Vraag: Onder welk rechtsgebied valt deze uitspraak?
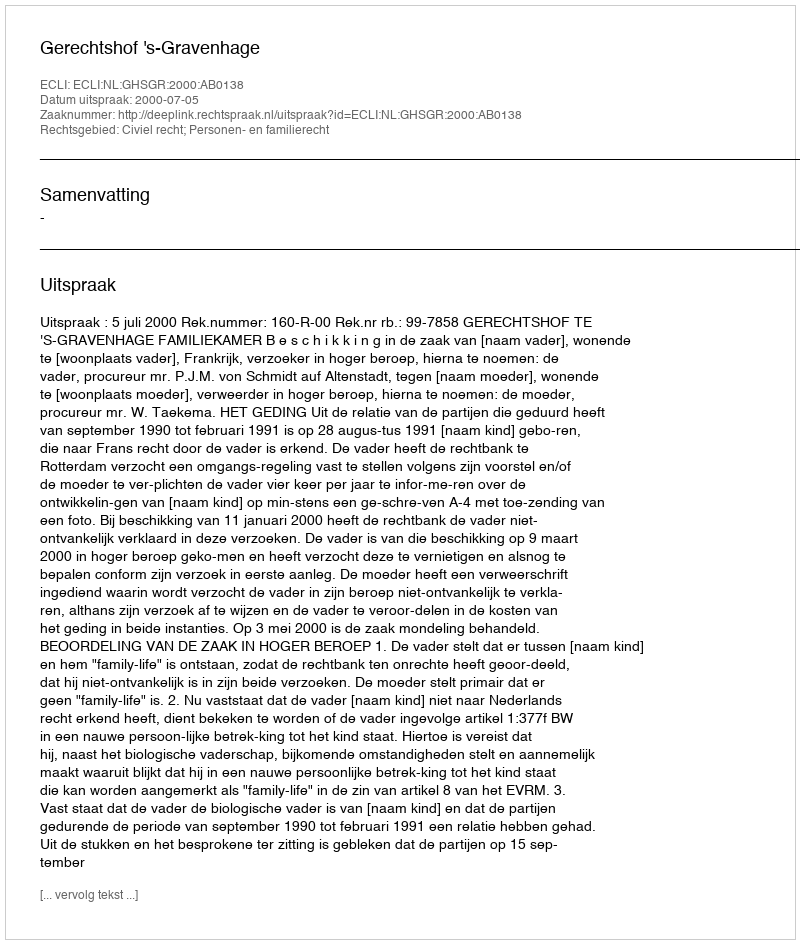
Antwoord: Civiel recht; Personen- en familierecht